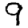
Digit: 9